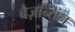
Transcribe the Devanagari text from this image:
बैज़न्तिन